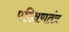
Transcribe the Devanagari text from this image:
परिक्षणतंत्र